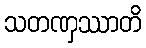
သတဏှဿာတိ